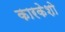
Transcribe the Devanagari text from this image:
कारकेशो